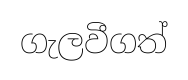
ගැලවීගත්